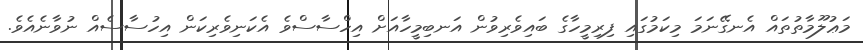
މަޢުލޫމާތުތައް އެނގޭނަމަ މިކަމުގައި ފިރިމީހާގެ ބައިވެރިވުން އަނބިމީހާއަށް އިހްސާސްވެ އެކަނިވެރިކަން އިހުސާސެއް ނުވާނެއެވެ.